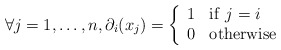
\begin{align*} \forall j=1, \dots, n, \partial_{i} (x_{j}) = \left\{ \begin{array}{cl} 1 & \mathrm{if}\ j = i \\ 0 & \mathrm{otherwise} \end{array}\right.\end{align*}